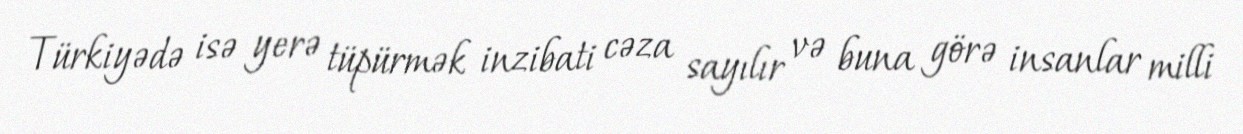
Türkiyədə isə yerə tüpürmək inzibati cəza sayılır və buna görə insanlar milli